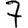
Digit: 7